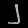
Digit: ၂